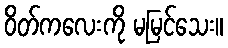
ဝိတ်ကလေးကို မမြင်သေး။